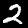
Label: 2